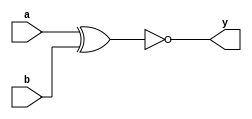
module xnor_gate(input a,input b,output y);
    xnor(y,a,b);
endmodule